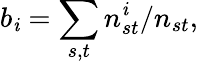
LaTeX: b_{\mathit{i}}=\sum_{s,t}n_{st}^{\mathit{i}}/n_{st},